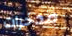
مدخرات